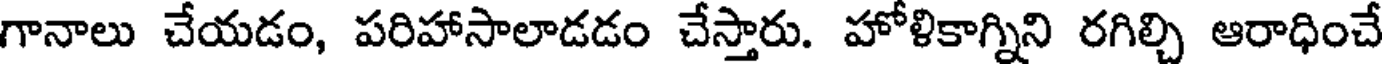
గానాలు చేయడం, పరిహాసాలాడడం చేస్తారు. హోళికాగ్నిని రగిల్చి ఆరాధించే